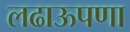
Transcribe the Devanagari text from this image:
लढाऊपणा